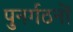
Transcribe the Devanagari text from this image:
पुनर्गठनों